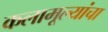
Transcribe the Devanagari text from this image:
कलामूल्यांचा